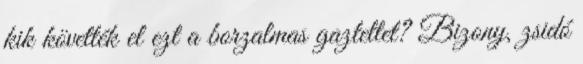
kik követték el ezt a borzalmas gaztettet? Bizony, zsidó